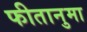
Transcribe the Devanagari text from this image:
फीतानुमा